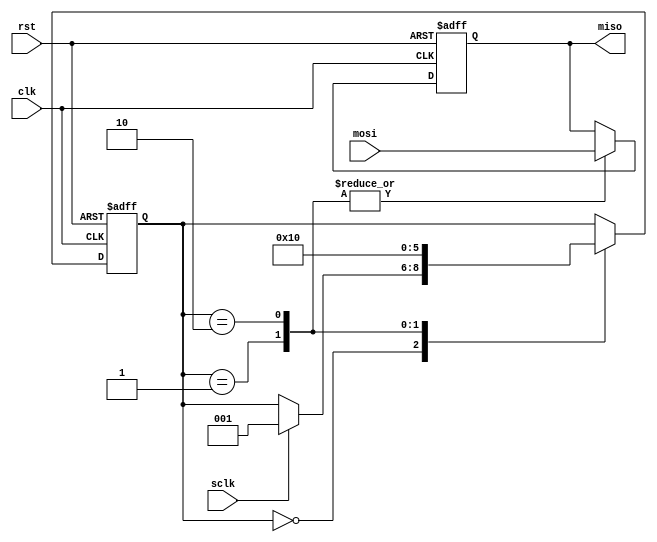
module SPI_Controller(
    input wire clk,
    input wire rst,
    input wire sclk,
    input wire mosi,
    output wire miso
);

// Declare internal signals
reg [7:0] data_in;
reg [7:0] data_out;
reg miso_reg;
reg [2:0] state;

// State machine
always @(posedge clk or posedge rst) begin
    if(rst) begin
        state <= 0;
        data_out <= 8'b0;
        miso_reg <= 1'b0;
    end else begin
        case(state)
            0: begin // Idle state
                if(sclk) begin
                    state <= 1;
                end
            end
            1: begin // Transmit data state
                data_out <= data_in;
                miso_reg <= mosi;
                state <= 2;
            end
            2: begin // Receive data state
                miso_reg <= mosi;
                state <= 0;
            end
        endcase
    end
end

// Data input and output assignment
assign miso = miso_reg;
    
endmodule